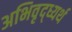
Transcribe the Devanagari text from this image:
अभिवृद्ध्यर्थ